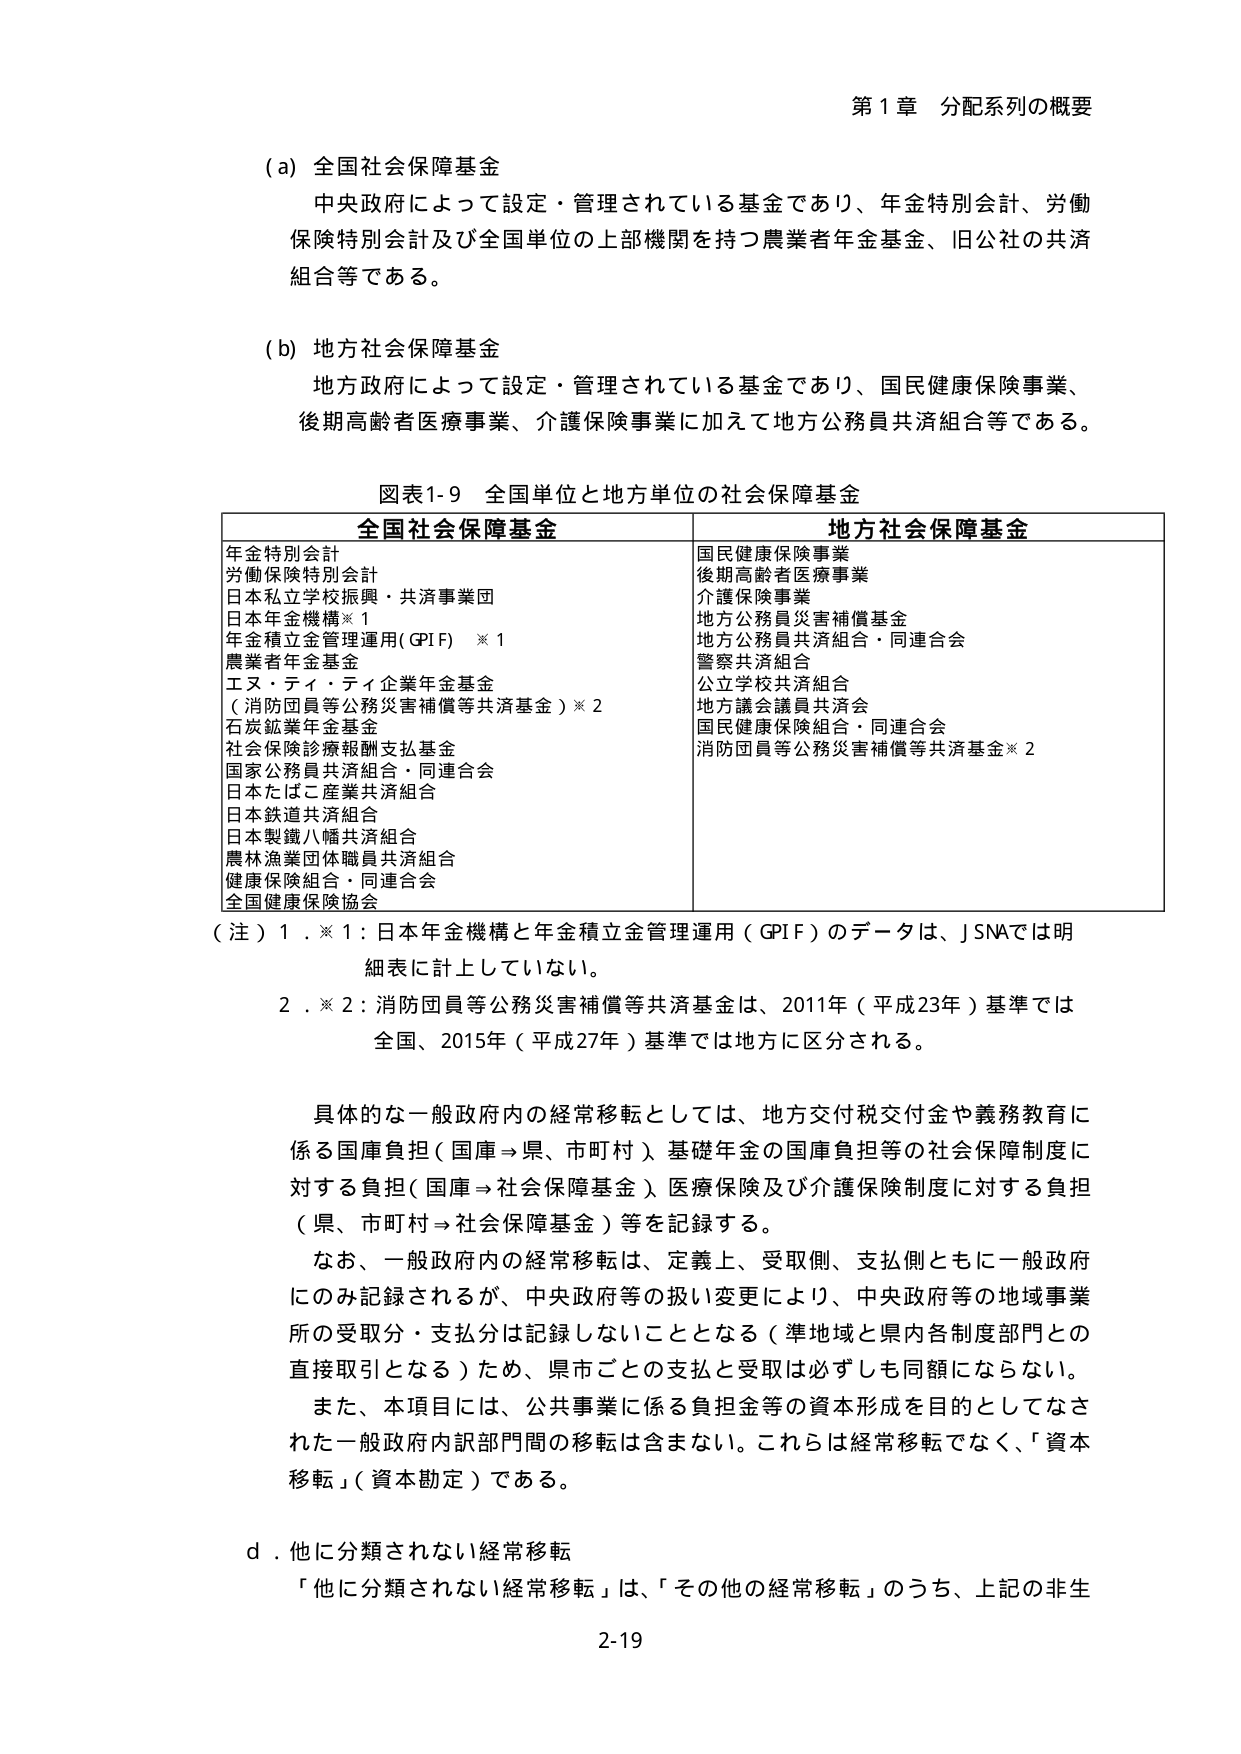
第1章 分配系列の概要

(a) 全国社会保障基金
中央政府によって設定・管理されている基金であり、年金特別会計、労働保険特別会計及び全国単位の上部機関を持つ農業者年金基金、旧公社の共済組合等である。

(b) 地方社会保障基金
地方政府によって設定・管理されている基金であり、国民健康保険事業、後期高齢者医療事業、介護保険事業に加えて地方公務員共済組合等である。

図表1-9 全国単位と地方単位の社会保障基金

| 全国社会保障基金 | 地方社会保障基金 |
|------------------|------------------|
| 年金特別会計 | 国民健康保険事業 |
| 労働保険特別会計 | 後期高齢者医療事業 |
| 日本私立学校振興・共済事業団 | 介護保険事業 |
| 日本年金機構※1 | 地方公務員災害補償基金 |
| 年金積立金管理運用（GPIF）※1 | 地方公務員共済組合・同連合会 |
| 農業者年金基金 | 警察共済組合 |
| エヌ・ティ・ティ企業年金基金 | 公立学校共済組合 |
| （消防団員等公務災害補償等共済基金）※2 | 地方議会議員共済会 |
| 石炭鉱業年金基金 | 国民健康保険組合・同連合会 |
| 社会保険診療報酬支払基金 | 消防団員等公務災害補償等共済基金※2 |
| 国家公務員共済組合・同連合会 | |
| 日本たばこ産業共済組合 | |
| 日本鉄道共済組合 | |
| 日本製鐵八幡共済組合 | |
| 農林漁業団体職員共済組合 | |
| 健康保険組合・同連合会 | |
| 全国健康保険協会 | |

（注）1．※1：日本年金機構と年金積立金管理運用（GPIF）のデータは、JSNAでは明細表に計上していない。
2．※2：消防団員等公務災害補償等共済基金は、2011年（平成23年）基準では全国、2015年（平成27年）基準では地方に区分される。

具体的な一般政府内の経常移転としては、地方交付税交付金や義務教育に係る国庫負担（国庫→県、市町村）、基礎年金の国庫負担等の社会保障制度に対する負担（国庫→社会保障基金）、医療保険及び介護保険制度に対する負担（県、市町村→社会保障基金）等を記録する。
なお、一般政府内の経常移転は、定義上、受取側、支払側ともに一般政府にのみ記録されるが、中央政府等の扱い変更により、中央政府等の地域事業所の受取分・支払分は記録しないこととなる（準地域と県内各制度部門との直接取引となる）ため、県市ごとの支払と受取は必ずしも同額にならない。
また、本項目には、公共事業に係る負担金等の資本形成を目的としてなされた一般政府内訳部門間の移転は含まない。これらは経常移転でなく、「資本移転」（資本勘定）である。

d．他に分類されない経常移転
「他に分類されない経常移転」は、「その他の経常移転」のうち、上記の非生

2-19